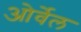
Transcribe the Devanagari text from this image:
ओर्वेल